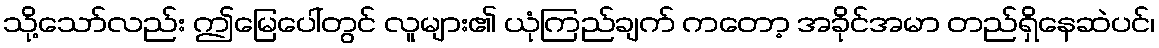
သို့သော်လည်း ဤမြေပေါ်တွင် လူများ၏ ယုံကြည်ချက် ကတော့ အခိုင်အမာ တည်ရှိနေဆဲပင်၊